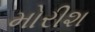
મોરીશ